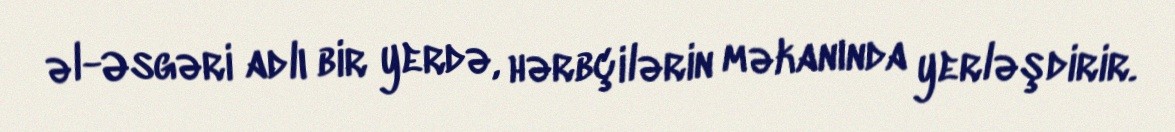
əl-Əsgəri adlı bir yerdə, hərbçilərin məkanında yerləşdirir.